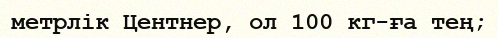
метрлік Центнер, ол 100 кг-ға тең;